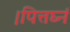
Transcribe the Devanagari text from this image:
।पित्तघ्नं